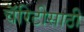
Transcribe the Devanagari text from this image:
चॅरिटीसाठी